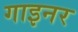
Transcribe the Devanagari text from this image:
गाइनर